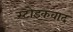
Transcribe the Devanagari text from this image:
स्टोइकवाद